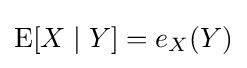
\operatorname {E} [X\mid Y]=e_{X}(Y)